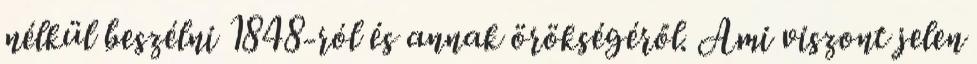
nélkül beszélni 1848-ról és annak örökségéről. Ami viszont jelen